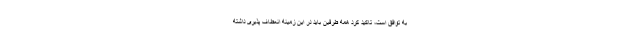
به توافق است، تاکید کرد همه طرفین باید در این زمینه انعطاف پذیری داشته